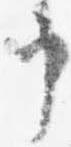
申